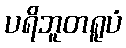
ပရိဘူတရူပံ